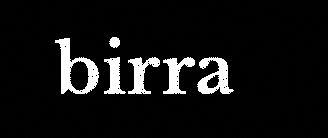
birra